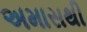
અમાસથી